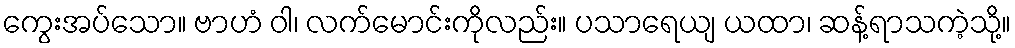
ကွေးအပ်သော။ ဗာဟံ ဝါ၊ လက်မောင်းကိုလည်း။ ပသာရေယျ ယထာ၊ ဆန့်ရာသကဲ့သို့။